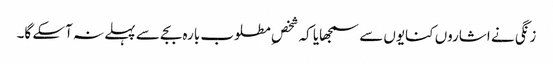
زنگی نے اشاروں کنایوں سے سمجھایا کہ شخصِ مطلوب بارہ بجے سے پہلے نہ آسکے گا۔